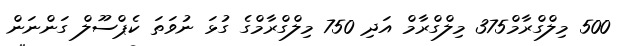
500 މިލްގްރާމް375 މިލްގްރާމް އަދި 750 މިލްގްރާމްގެ ގުޅަ ނުވަތަ ކެޕްސޫލް ގަންނަން